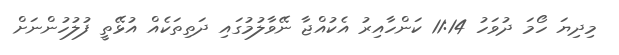
މިދިޔަ ހޯމަ ދުވަހު 11:14 ކަންހާއިރު އެކުއްޖާ ނޭވާލުމުގައި ދަތިތަކެއް އުޅޭތީ ފުލުހުންނަށް